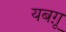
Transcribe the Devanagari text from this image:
यबग़ू